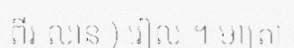
ពីរ លាន ) រៀល ។ មាត្រា